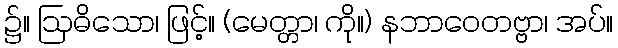
၌။ ဩဓိသော၊ ဖြင့်။ (မေတ္တာ၊ ကို။) နဘာဝေတဗ္ဗာ၊ အပ်။